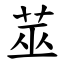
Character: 莁